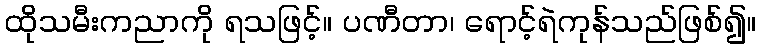
ထိုသမီးကညာကို ရသဖြင့်။ ပဏီတာ၊ ရောင့်ရဲကုန်သည်ဖြစ်၍။